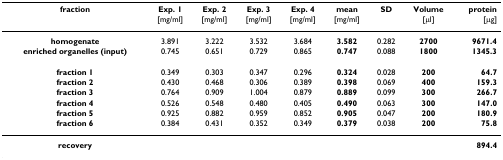
| fraction | Exp. 1 | Exp. 2 | Exp. 3 | Exp. 4 | mean | SD | Volume | protein |
 |  | [mg/ml] | [mg/ml] | [mg/ml] | [mg/ml] | [mg/ml] |  | [μl] | [μg] |
 | --- | --- | --- | --- | --- | --- | --- | --- | --- |
 | homogenate | 3.891 | 3.222 | 3.532 | 3.684 | 3.582 | 0.282 | 2700 | 9671.4 |
 | enriched organelles (input) | 0.745 | 0.651 | 0.729 | 0.865 | 0.747 | 0.088 | 1800 | 1345.3 |
 | fraction 1 | 0.349 | 0.303 | 0.347 | 0.296 | 0.324 | 0.028 | 200 | 64.7 |
 | fraction 2 | 0.430 | 0.468 | 0.306 | 0.389 | 0.398 | 0.069 | 400 | 159.3 |
 | fraction 3 | 0.764 | 0.909 | 1.004 | 0.879 | 0.889 | 0.099 | 300 | 266.7 |
 | fraction 4 | 0.526 | 0.548 | 0.480 | 0.405 | 0.490 | 0.063 | 300 | 147.0 |
 | fraction 5 | 0.925 | 0.882 | 0.959 | 0.852 | 0.905 | 0.047 | 200 | 180.9 |
 | fraction 6 | 0.384 | 0.431 | 0.352 | 0.349 | 0.379 | 0.038 | 200 | 75.8 |
 | recovery |  |  |  |  |  |  |  | 894.4 |